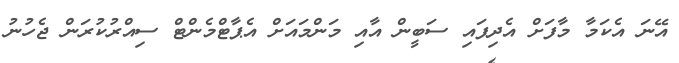
އޭނަ އެކަމާ މާފަށް އެދިފައި ސަބީން އާއި މަންމައަށް އެޕާޓްމެންޓް ސިއްރުކުރަން ޖެހުނު